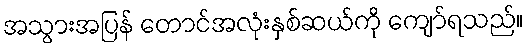
အသွားအပြန် တောင်အလုံးနှစ်ဆယ်ကို ကျော်ရသည်။